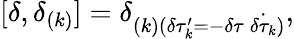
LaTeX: [\delta,\delta_{(k)}]=\delta_{(k)(\delta\tau_{k}^{\prime}=-\delta\tau\: \dot{\delta\tau_{k}})},